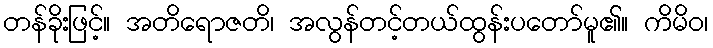
တန်ခိုးဖြင့်။ အတိရောဇတိ၊ အလွန်တင့်တယ်ထွန်းပတော်မူ၏။ ကိမိဝ၊